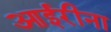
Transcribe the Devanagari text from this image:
आईरीना